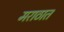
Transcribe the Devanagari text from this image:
मराठात